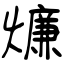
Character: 燫